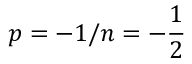
p = - 1 / n = - { \frac { 1 } { 2 } }